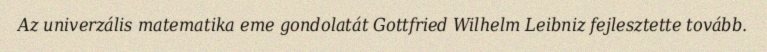
Az univerzális matematika eme gondolatát Gottfried Wilhelm Leibniz fejlesztette tovább.